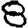
Digit: 8